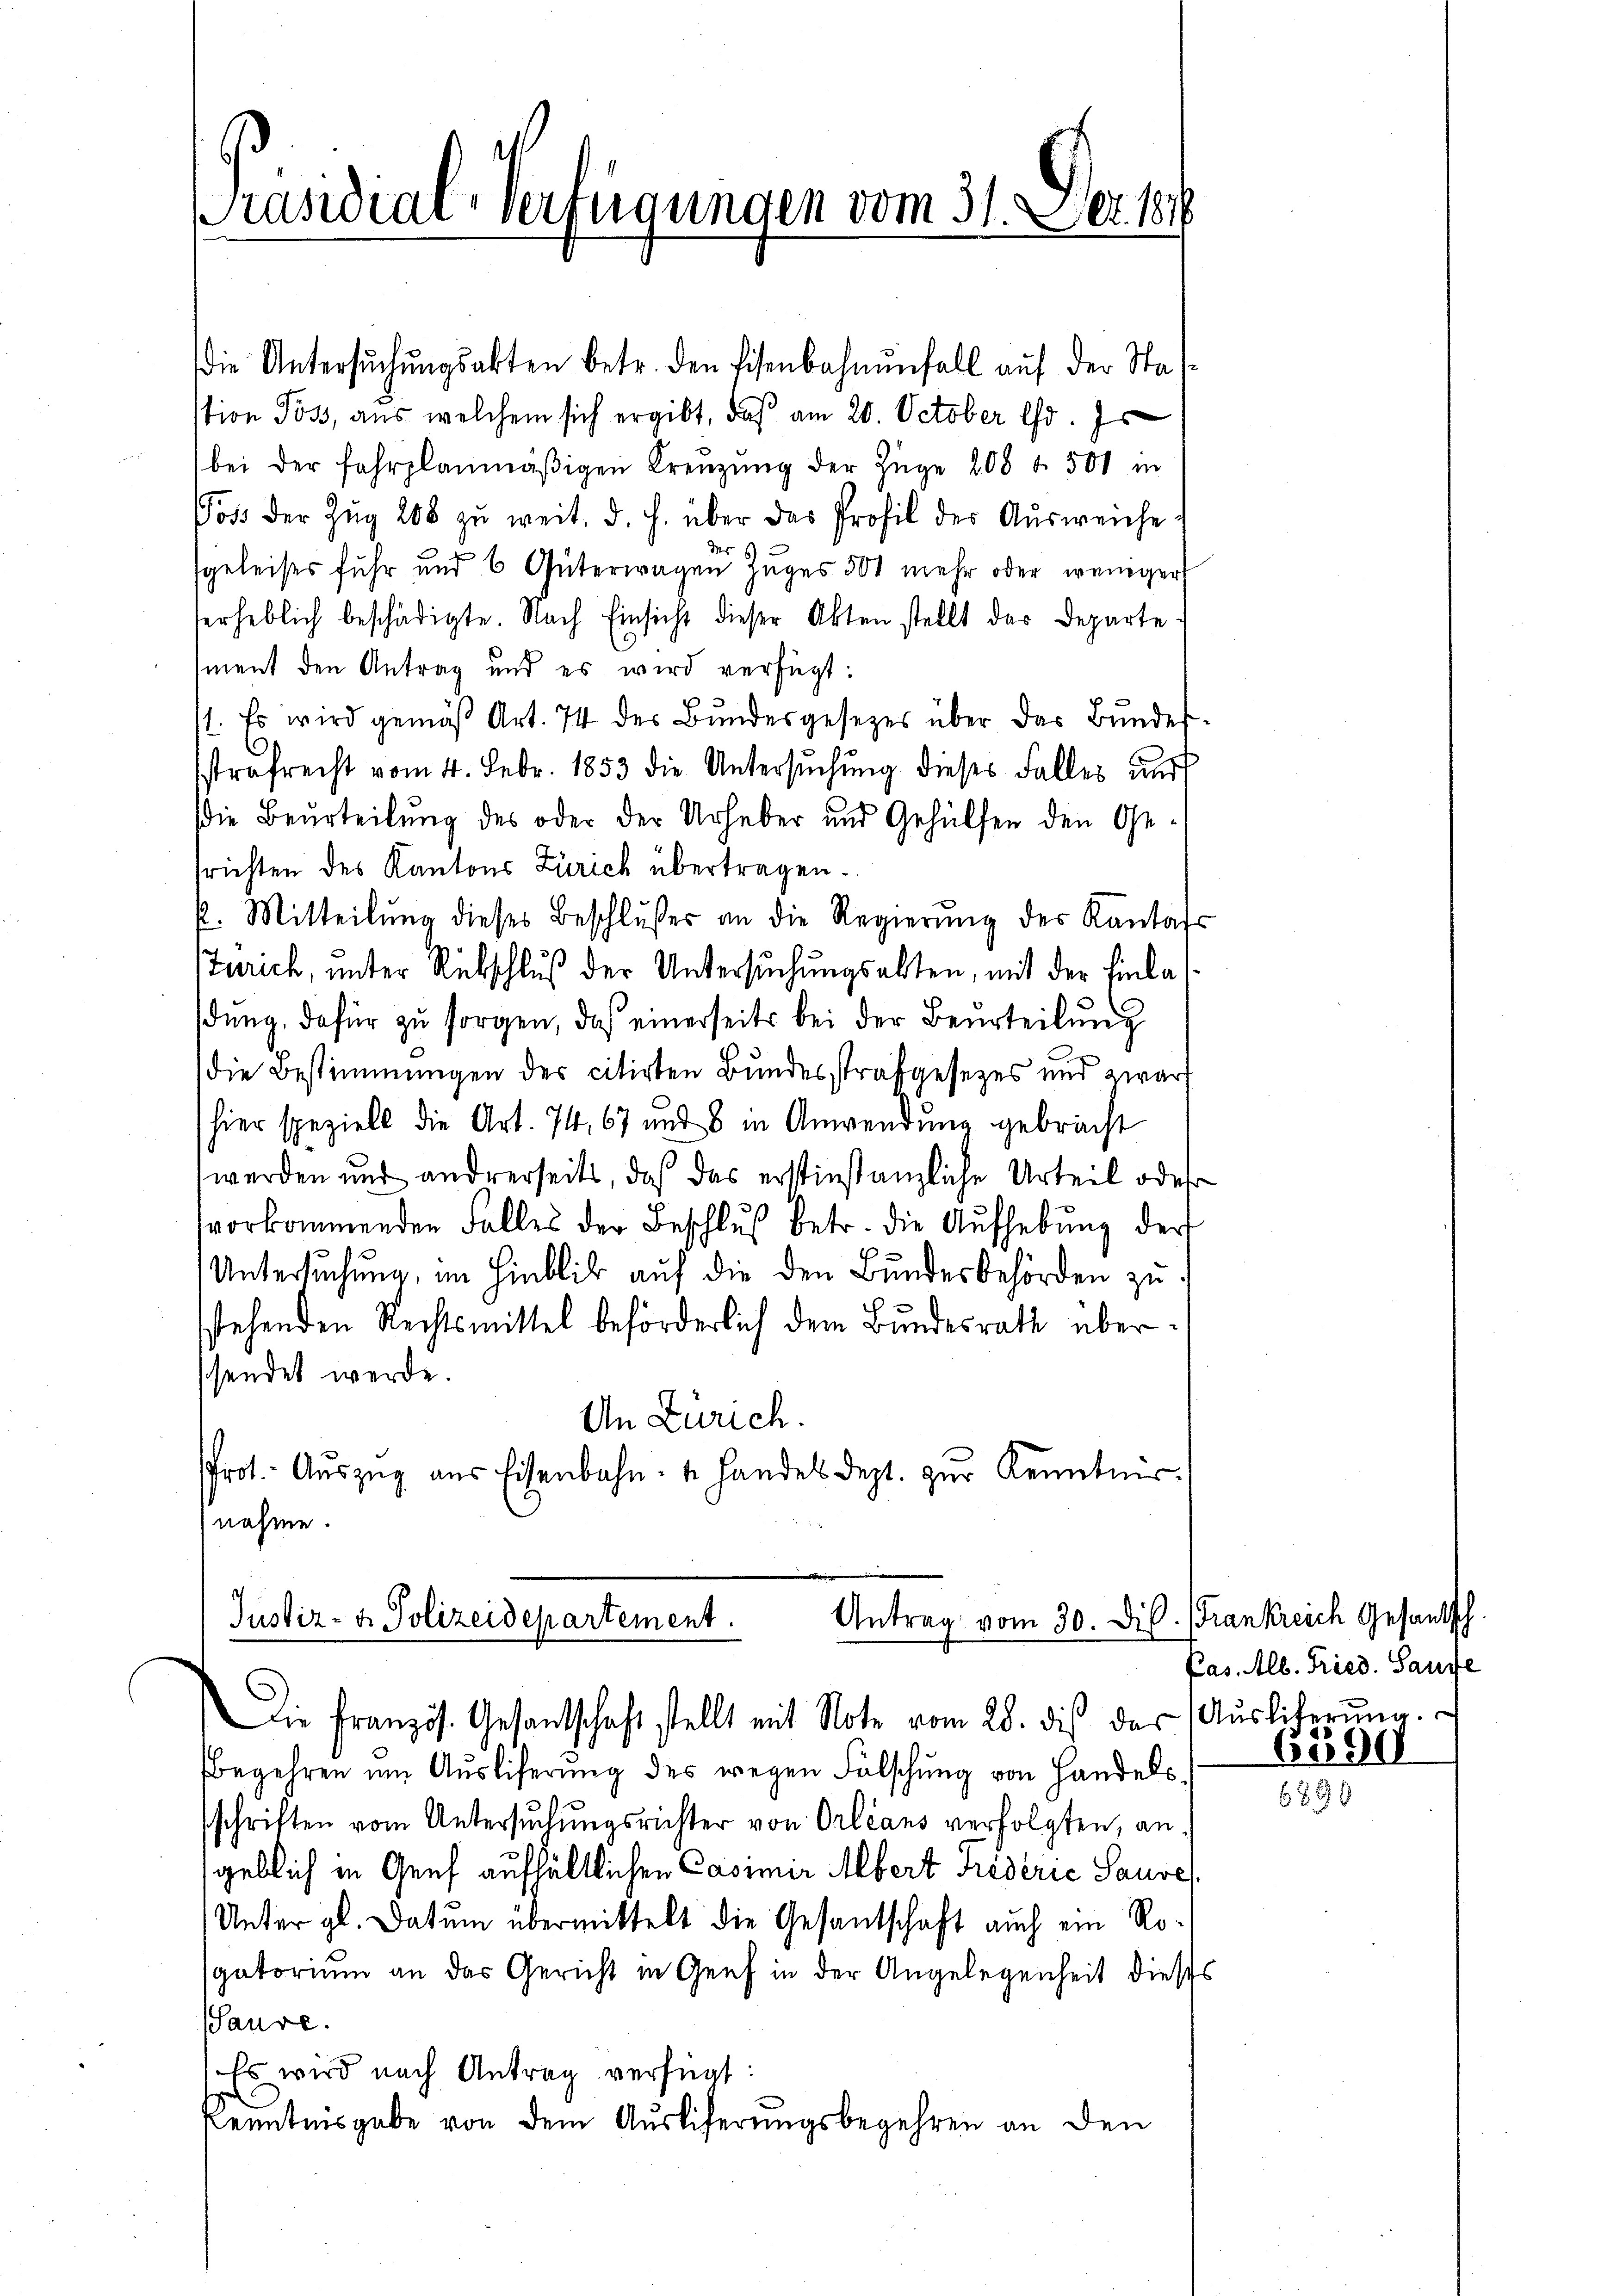
Präsidial-Verfügungen vom 31. Dez. 1848

die Untersŭchŭngsakten betr. den Eisenbahnŭnfall auf der Stastion Poss, aus welchem sich ergibt, daß am 20. October d. Js
bei der fahrplanmäßigen Kreuzung der Züge 208 f. 501 in
oss der Zŭg 208 zŭ weit, d. h. über das Profil der Aŭsweiche
sgeleises fuhr und 6 Güterwagen Zuges 501 mehr oder weniger
herheblich beschädigte. Nach Einsicht dieser Akten stellt das Departe
ment den Antrag und es wird verfügt:
11. Es wird gemäß Art. 74 des Bundesgesezes über das Bundes-
sstrafrecht vom 4. Febr. 1853 die Untersŭchŭng dieses Falles und
(die Beurteilung des oder der Urheber und Gehülfen den Getrichten des Kantons Zürich übertragen.
k. Mitteilŭng dieses Beschlußes an die Regierŭng des Kantas
Zürich, unter Rübschluß der Untersuchungsabten, mit der Einlas
dŭng, dafür zu sorgen, daß einerseits bei der Beurteilŭng
die Bestimmungen des citirten Bundesstrafgesetzes und zwar
hier speziell die Art. 74, 67 und 8 in Anwendung gebracht
werden und andrerseits, daß das erstinstanzliche Urteil oder
vorkommenden Falles der Beschluß betr. die Aufhebung der
Untersuchung, im Hinblik auf die den Bundesbehörden zu
sstehenden Rechtsmittel beförderlich dem Bundesrath überssendet werde.
An Zürich.
Prot. Aŭszŭg aŭs Eisenbahn- u. Handels dept. zŭr Kenntnis.
nehme.

Justiz- & Polizeidepartement.

Die Französ. Gesandtschaft stellt mit Note vom 28. dis das Aŭslicherŭng.
begehren um Ausliferŭng des wegen Fälschung von Handels-
sschriften vom Untersuchungsrichter von Orleans verfolgten, angeblich in Graf aufhältlichen Casimir Albert Friederić Saure
Unter gl. Datum übermittelt die Gesantschaft auch ein Rosgatorium an das Gericht in Genf in der Angelegenheit dieses
Saure.
Es wird nach Antrag verfügt:
Kenntnisgabe von dem Ausliferungsbegehren an den

Antrag vom 30. Dil. (Frankreich Gesantsch

Pas. Alb. Fried. Saufe

6390